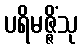
ပရိမဇ္ဇိံသု